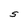
Character: S